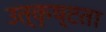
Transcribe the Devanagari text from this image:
उत्कृष्‍टता